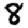
Digit: 8